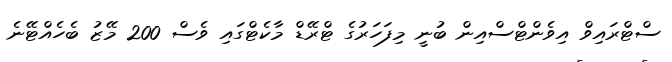
ސްޓްރައިވް އިވެންޓްސްއިން ބުނީ މިފަހަރުގެ ޓްރޭޑް މާކެޓްގައި ވެސް 200 މޭޒު ބެހެއްޓޭނެ